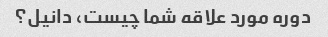
دوره مورد علاقه شما چیست، دانیل؟